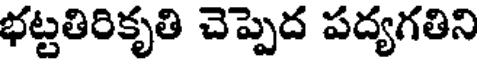
భట్టతిరికృతి చెప్పెద పద్యగతిని